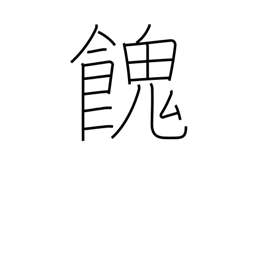
Meaning: provide